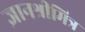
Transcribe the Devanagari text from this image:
ज्ञानश्रीमित्र